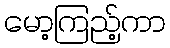
မော့ကြည့်ကာ